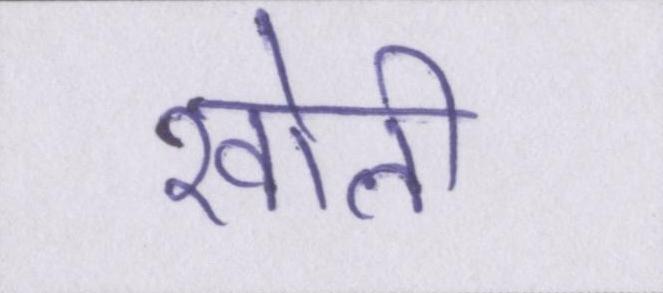
खोली